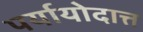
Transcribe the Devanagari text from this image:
पर्यायोदात्त